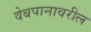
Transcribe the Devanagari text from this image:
वेबपानावरील